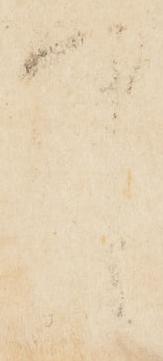
中